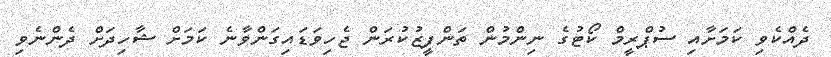
ދެއްކެވި ކަމަށާއި ސުޕްރީމް ކޯޓުގެ ނިންމުން ތަންފީޒުކުރަން ޖެހިވަޑައިގަންވާނެ ކަމަށް ޝާހިދަށް ދެންނެވި